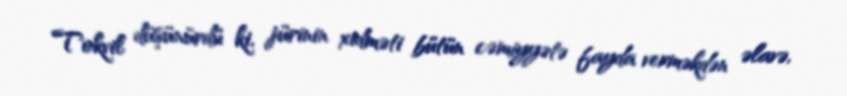
Tokvil düşünürdü ki, jürinin xidməti bütün cəmiyyətə fayda verməkdən əlavə,